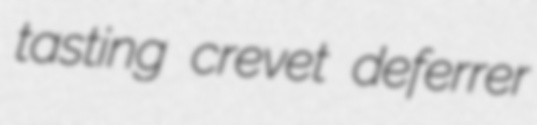
tasting crevet deferrer